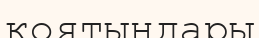
қоятындары